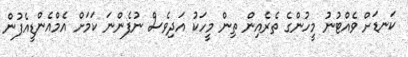
ކަނޑަށް ވެއްޓުނު މީހުންގެ ތެރެއިން ތިން މީހަކު އަދިވެސް ނުފެންނަ ކަމަށް އެމްއެންޑީއެފުން